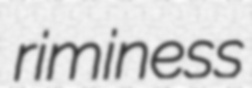
riminess